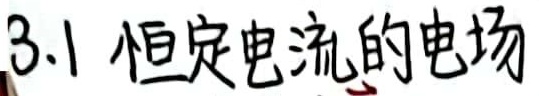
3.1 恒定电流的电场